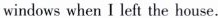
windows when I left the house.